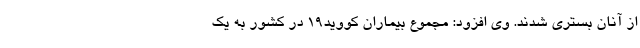
از آنان بستری شدند. وی افزود: مجموع بیماران کووید۱۹ در کشور به یک